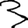
Digit: 3